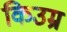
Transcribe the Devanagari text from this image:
किउम्र